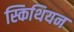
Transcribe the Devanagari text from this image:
स्किथियन